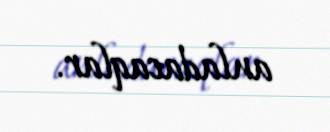
anladacaqlar.